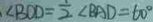
\angle B O D = \frac { 1 } { 2 } \angle B A D = 6 0 ^ { \circ }